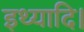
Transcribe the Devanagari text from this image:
इथ्यादि।